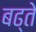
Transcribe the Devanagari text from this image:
बढ्ते